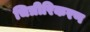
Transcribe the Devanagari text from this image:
चित्रीरिकरण